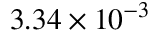
3 . 3 4 \times 1 0 ^ { - 3 }